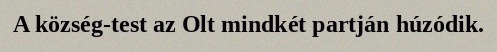
A község-test az Olt mindkét partján húzódik.